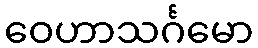
ဝေဟာသင်္ဂမော